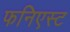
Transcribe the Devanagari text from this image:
फनिएस्ट